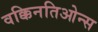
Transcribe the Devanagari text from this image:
वक्किनतिओन्स